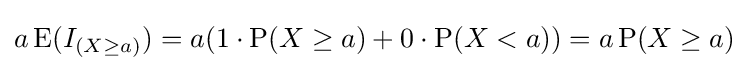
a\operatorname {E} (I_{(X\geq a)})=a(1\cdot \operatorname {P} (X\geq a)+0\cdot \operatorname {P} (X<a))=a\operatorname {P} (X\geq a)